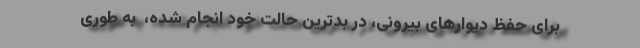
برای حفظ دیوارهای بیرونی، در بدترین حالت خود انجام شده، ‌ به طوری